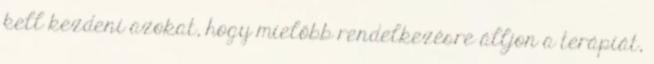
kell kezdeni azokat, hogy mielőbb rendelkezésre álljon a terápiát,